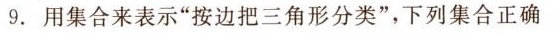
9. 用集合来表示”按边把三角形分类”，下列集合正确